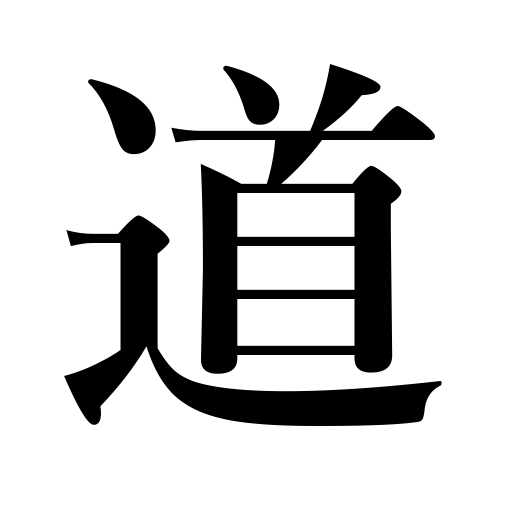
Meanings: road,district,way,distance,reason,means,province,morality,lane,street,route,path,highway,prefecture,road ,duty,justice,teachings,specialty,an art,course,journey,moral doctrine